Medical and sanitary report of the native army of Bengal for the year
Year: 1876
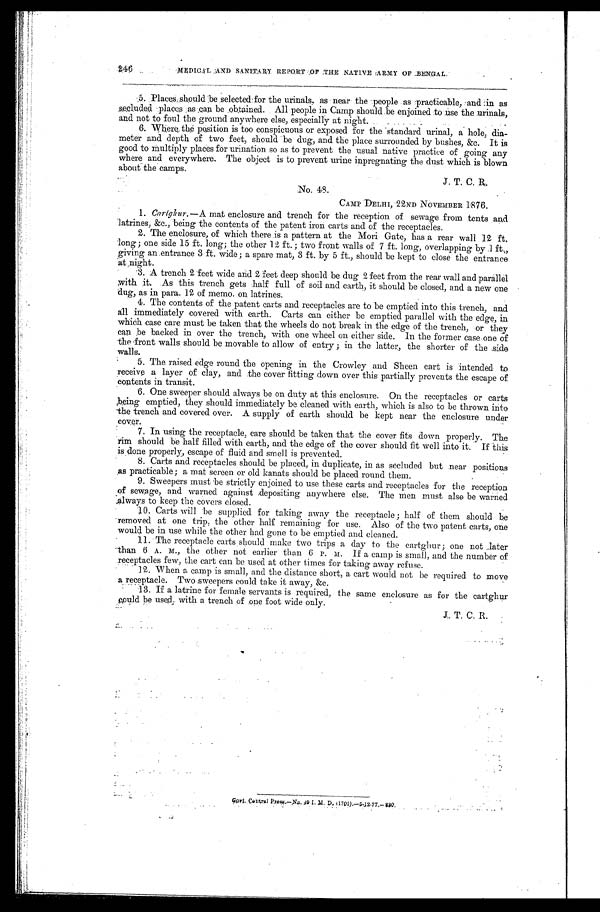
246
MEDICAL AND SANITARY REPORT OF THE NATIVE ARMY OF BENGAL
5. Places should be selected for the urinals, as near the people as practicable, and in as
secluded places as can be obtained. All people in Camp should be enjoined to use the urinals,
and not to foul the ground anywhere else, especially at night.
6. Where the position is too conspicuous or exposed for the standard urinal, a hole, dia-
meter and depth of two feet, should be dug, and the place surrounded by bushes, &c. It is
good to Multiply places for urination so as to prevent the usual native practice of going any
where and everywhere. The object is to prevent urine inpregnating the dust which is blown
about the camps.
J.T.C.R.
No. 48
CAMP DELHI, 22ND NOVEMBER 1876.
1.
Cartghur.
— A mat enclosure and trench for the reception of sewage from tents and
latrines, &c., being the contents of the patent iron carts and of the receptacles.
2. The enclosure, of which there is a pattern at the Mori Gate, has a rear wall 12 ft.
long ; one side 15 ft. long ; the other 12 ft. ; two front walls of 7 ft. long, overlapping by 1 ft.,
giving an entrance 3 ft. wide ; a spare mat, 3 ft. by 5 ft., should be kept to close the entrance
at night.
3. A trench 2 feet wide and 2 feet deep should be dug 2 feet from the rear wall and parallel
with it. As this trench gets half full of soil and earth, it should be closed, and a new one
dug, as in para. 12 of memo. on latrines.
4. The contents of the patent carts and receptacles are to be emptied into this trench, and
all immediately covered with earth. Carts can either be emptied parallel with the edge, in
which case care must be taken that the wheels do not break in the edge of the trench, or they
can be backed in over the trench, with one wheel on either side. In the former case one of
the front walls should be movable to allow of entry ; in the latter, the shorter of the side
walls.
5. The raised edge round the opening in the Crowley and Sheen cart is intended to
receive a layer of clay, and the cover fitting down over this partially prevents the escape of
contents in transit.
6. One sweeper should always be on duty at this enclosure. On the receptacles or carts
being emptied, they should immediately be cleaned with earth, which is also to be thrown into
the trench and covered over. A supply of earth should be kept near the enclosure under
cover.
7. In using the receptacle, care should be taken that the cover fits down properly. The
rim should be half filled with earth, and the edge of the cover should fit well into it. If this
is done properly, escape of fluid and smell is prevented.
8. Carts and receptacles should be placed, in duplicate, in as secluded but near positions
as practicable; a mat screen or old kanats should be placed round them.
9. Sweepers must he strictly enjoined to use these carts and receptacles for the reception
of sewage, and warned against depositing anywhere else. The men must also be warned
always to keep the covers closed.
10. Carts will be supplied for taking away the receptacle ; half of them should
b e r e m o v e d a t o n e t r i p , t h e o t h e r h a l f r e m a i n i n g f o r u s e . A l s o o f t h e t w o p a t e n t c a r t s , o n e
would be in use while the other had gone to be emptied and cleaned.
11. The receptacle carts should make two trips a day to the cartghur ; one not later
than 6 A. M., the other not earlier than 6 P . M. If a camp is small, and the number of
receptacles few, the cart can be used at other times for taking away refuse.
12. When a camp is small, and the distance short, a cart would not be required to move
a receptacle. Two sweepers could take it away, &c.
13. If a latrine for female servants is required, the same enclosure as for the cartghur
could be used, with a trench of one foot wide only.
•
Go v t . Ce n t r a l P r e s s —No . 4 9 I . M. D. ( 1 7 0 1 ) . —5 - 1 2 - 7 7 . —8 3 0 .